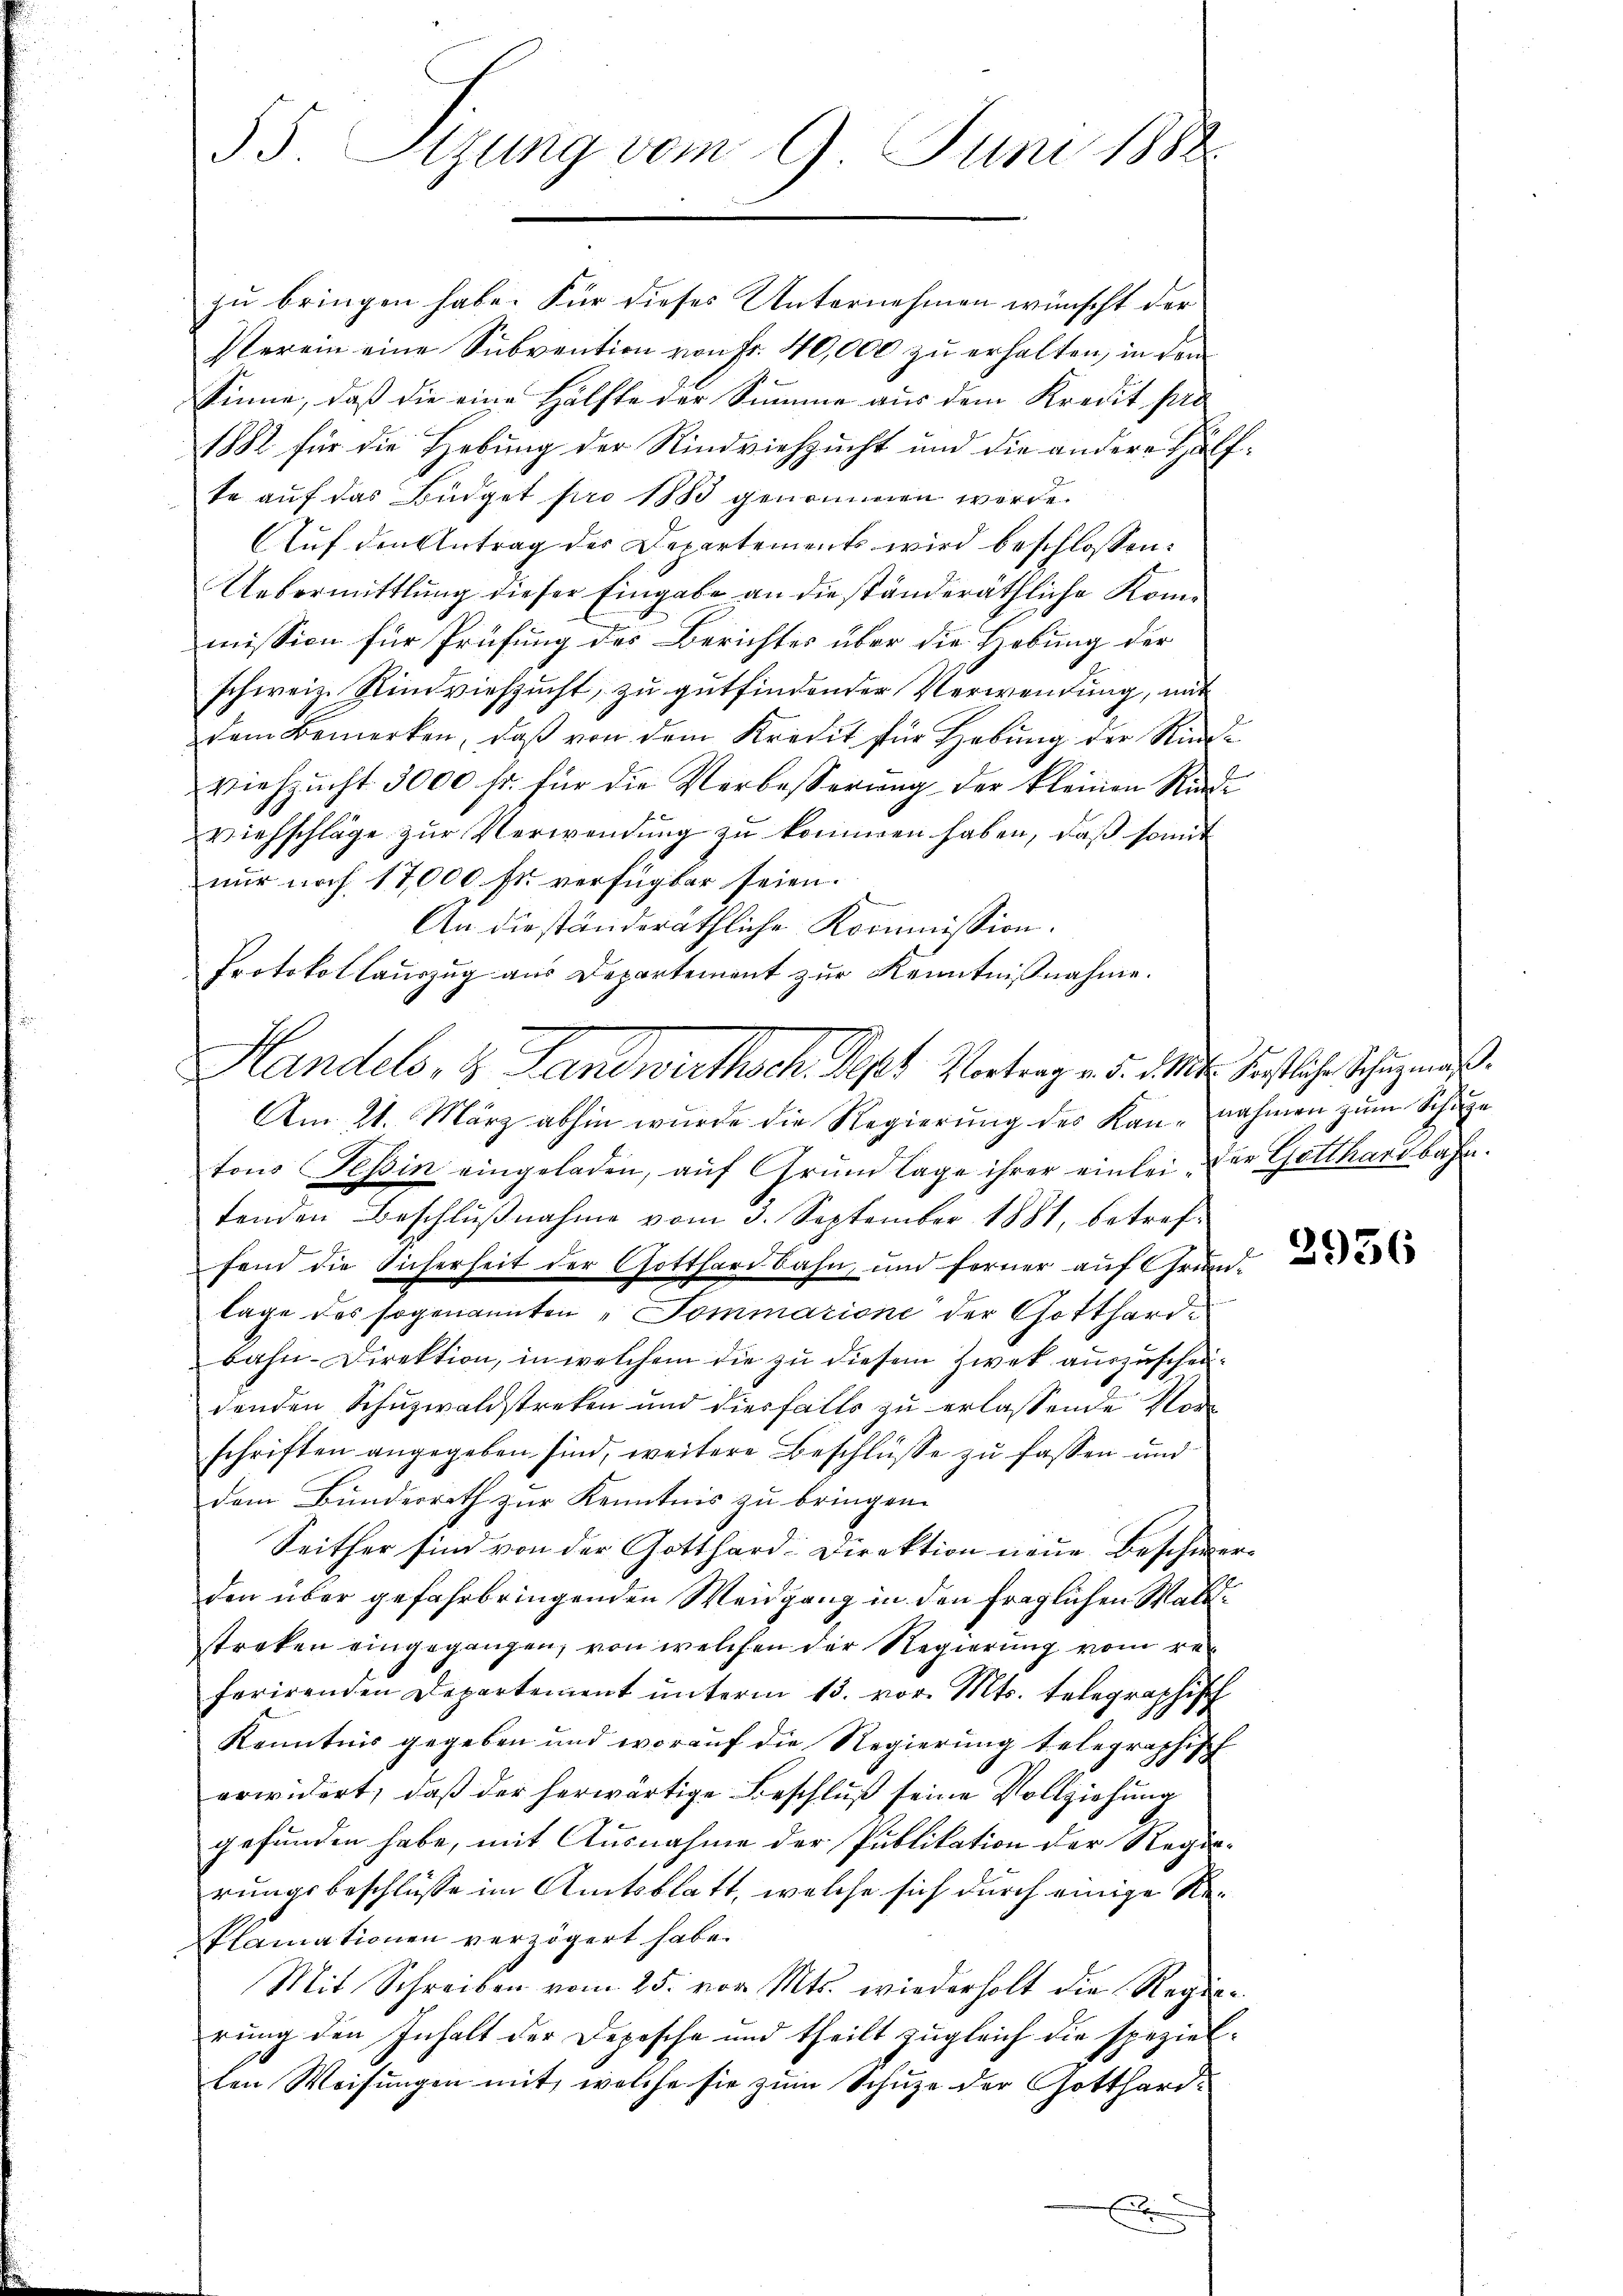
55. Sizung vom 9. Juni 1888

zu bringen habe. Für dieses Unternehmen wünscht der
Verein eine Subvention von Fr. 40,000 zu erhalten, in dem
Sinne, daß die eine Hälfte der Summe aus dem Kredit pro
1882 für die Hebung der Rindviehzucht und die andere Hälfte auf das Büdget pro 1883 genommen werde.
Auf den Antrag der Departements wird beschlossen:
Uebermittlung dieser Eingabe an die ständeräthliche Kommission für Prüfung des Berichtes über die Hebung der
schweiz. Rindviehzucht, zu gutfindender Verwendung, mit
dem Bemerken, daβ von dem Kredit für Hebŭng der Rind-
Viehzŭcht 3000 fr. für die Verbesserung der kleinen Rind-
viehschläge zur Verwendung zu kommen haben, daß somit
nur noch 17,000 fr. verfügbar seien.
b
An die ständeräthliche Kommission.
Protokollauszug aus Departement zur Kenntnißnahme.
Am 21. März abhin wurde die Regierung des Kan-nahmen zum Schule
tons Tessin eingeladen, aŭf Grŭndlage ihrer einlei. Der Gotthardbahn.
tenden Beschlŭβnahme vom 3. September 1881, betreffend die Sicherheit der Gotthardbahn, und ferner auf Grund-
lage des sogenannten „dommarione der Gotthardbahn-Direktion, in welchem die zu diesem Zwek auszuscheidenden Schuzwaldstreken und diesfalls zu erlassende Nor
schriften angegeben sind, weitere Beschlüsse zu fassen und
dem Bunderrath zur Kenntnis zu bringen.
Seither sind von der Gotthard-Direktion neue Beschwerden über gefahrbringenden Weidgang in den fraglichen Waldstreken eingegangen, von welchen der Regierung vom re
ferirenden Departement unterm 15. vor. Mts. telegraphisch
Kenntnis gegeben und worauf die Regierung telegraphisch

erwidert, daß der herwärtige Beschluß seine Vollziehung
gefunden habe, mit Ausnahme der Publikation der Regierungsbeschlüsse im Amtsblatt, welche sich durch einige Re¬
Plamationen verzögert habe.
Mit Schreiben vom 25. von Mts. wiederholt die Regierung den Inhalt der Depesche und theilt zugleich die speziellen Weisungen mit, welche sie zum Schuze der Gotthard-
x

Handels, 4. Landwirthsch. Sept Vortrag v. 5. d. 10. Fristliche Schumaß.

2956